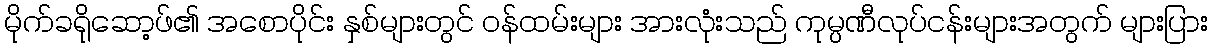
မိုက်ခရိုဆော့ဖ်၏ အစောပိုင်း နှစ်များတွင် ဝန်ထမ်းများ အားလုံးသည် ကုမ္ပဏီလုပ်ငန်းများအတွက် များပြား